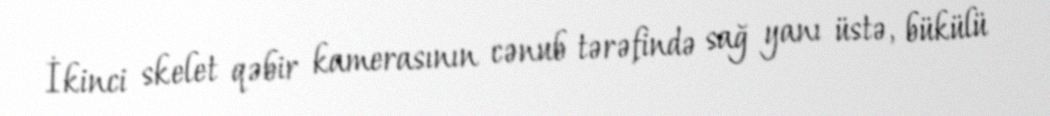
İkinci skelet qəbir kamerasının cənub tərəfində sağ yanı üstə, bükülü